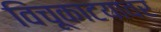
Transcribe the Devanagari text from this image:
विंचूकाटयावर